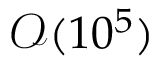
\mathcal { O } ( 1 0 ^ { 5 } )